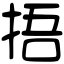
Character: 捂